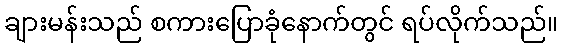
ချားမန်းသည် စကားပြောခုံနောက်တွင် ရပ်လိုက်သည်။